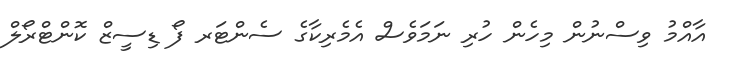
އާއްމު ވިސްނުން މިހެން ހުރި ނަމަވެސް އެމެރިކާގެ ސެންޓަރ ފޯ ޑިސީޒް ކޮންޓްރޯލް